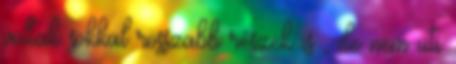
voltak sokkal rosszabb részek is , de nem üti